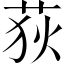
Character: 荻